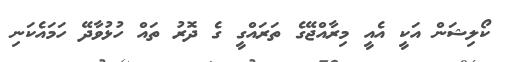
ކޯލިޝަން އަކީ އެއީ މިރާއްޖޭގެ ތަރައްގީ ގެ ދޮރު ތައް ހުޅުވާދޭ ހަމައެކަނި